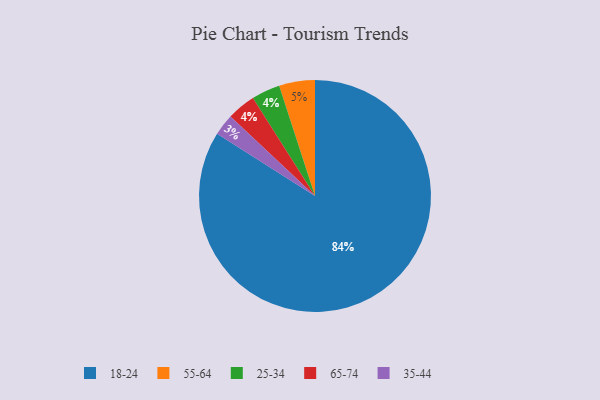
{"axis": {"x": "Category", "y": "Percentage"}, "legend": ["18-24", "25-34", "35-44", "55-64", "65-74"], "data": [{"x": "25-34", "y": 4, "type": "25-34"}, {"x": "18-24", "y": 84, "type": "18-24"}, {"x": "35-44", "y": 3, "type": "35-44"}, {"x": "55-64", "y": 5, "type": "55-64"}, {"x": "65-74", "y": 4, "type": "65-74"}]}